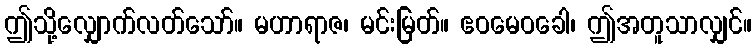
ဤသို့လျှောက်လတ်သော်။ မဟာရာဇ၊ မင်းမြတ်။ ဧဝမေဝခေါ၊ ဤအတူသာလျှင်။